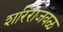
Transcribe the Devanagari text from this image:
शरिराजवळ